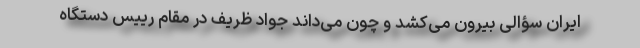
ایران سؤالی بیرون می‌کشد و چون می‌داند جواد ظریف در مقام رییس دستگاه